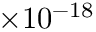
\times 1 0 ^ { - 1 8 }